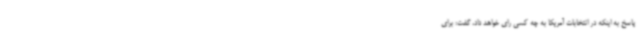
پاسخ به اینکه در انتخابات آمریکا به چه کسی رای خواهد داد، گفت: برای